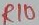
Text: R10